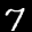
Label: 7